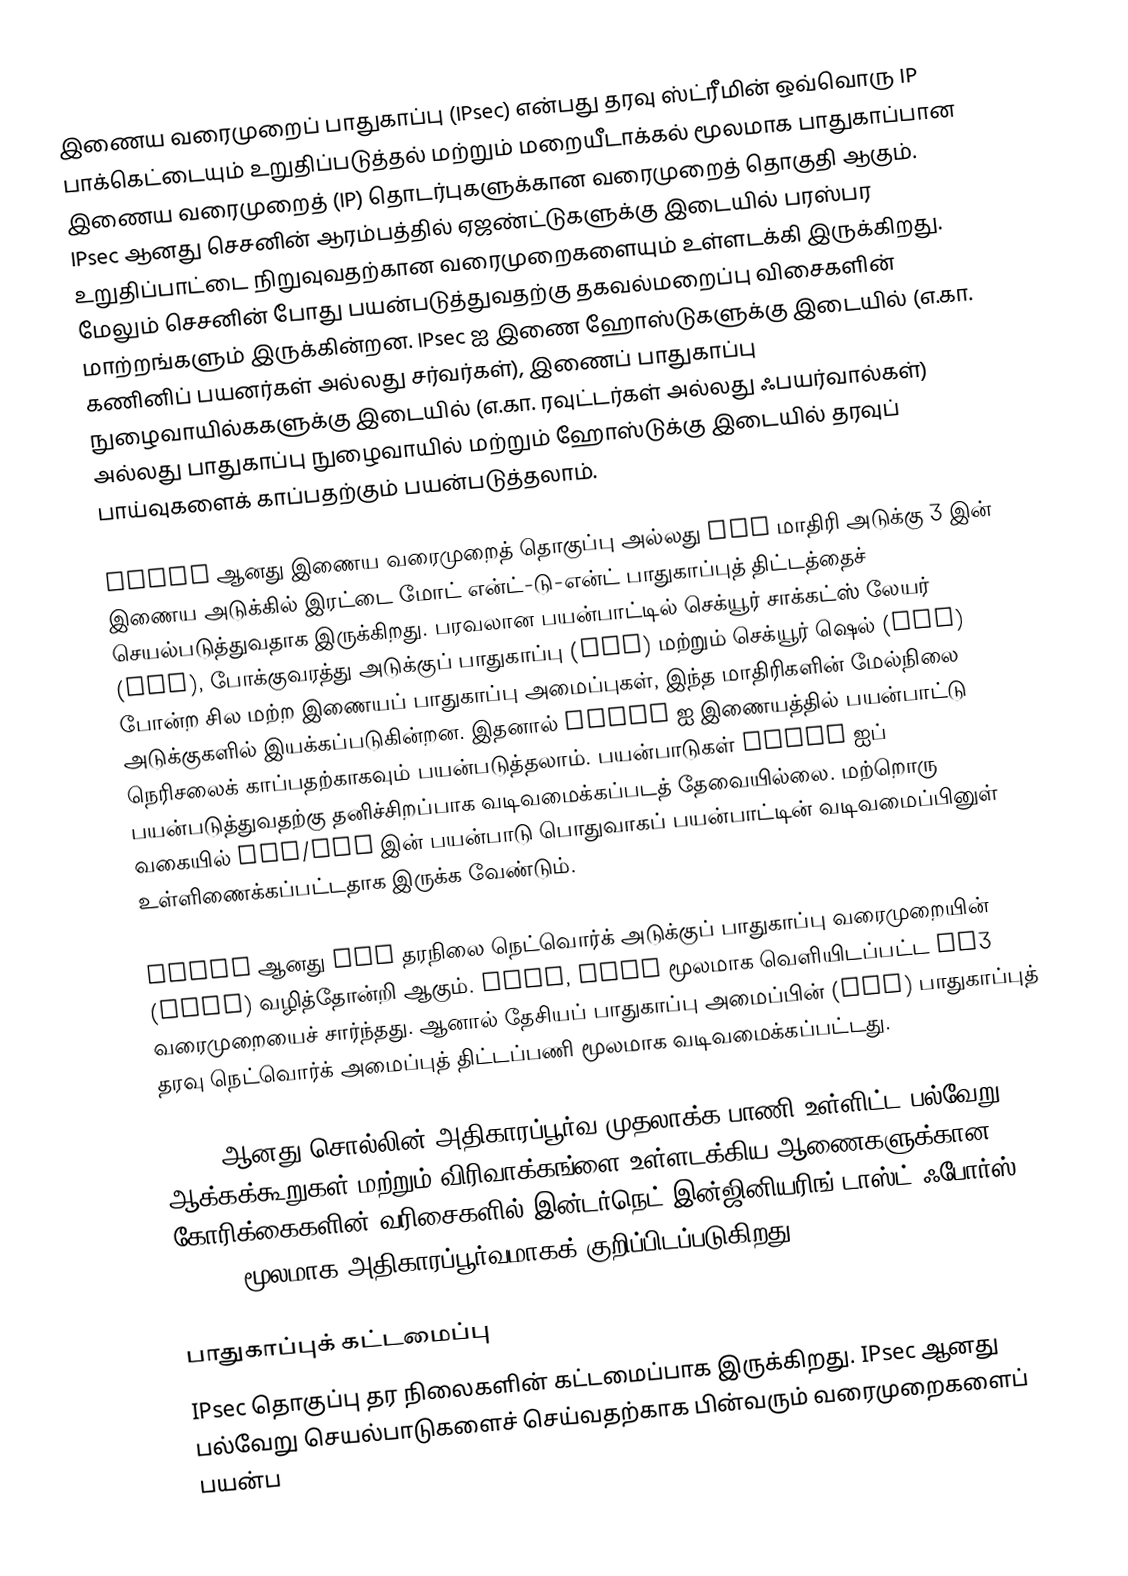
இணைய வரைமுறைப் பாதுகாப்பு (IPsec) என்பது தரவு ஸ்ட்ரீமின் ஒவ்வொரு IP பாக்கெட்டையும் உறுதிப்படுத்தல் மற்றும் மறையீடாக்கல் மூலமாக பாதுகாப்பான இணைய வரைமுறைத் (IP) தொடர்புகளுக்கான வரைமுறைத் தொகுதி ஆகும். IPsec ஆனது செசனின் ஆரம்பத்தில் ஏஜண்ட்டுகளுக்கு இடையில் பரஸ்பர உறுதிப்பாட்டை நிறுவுவதற்கான வரைமுறைகளையும் உள்ளடக்கி இருக்கிறது. மேலும் செசனின் போது பயன்படுத்துவதற்கு தகவல்மறைப்பு விசைகளின் மாற்றங்களும் இருக்கின்றன. IPsec ஐ இணை ஹோஸ்டுகளுக்கு இடையில் (எ.கா. கணினிப் பயனர்கள் அல்லது சர்வர்கள்), இணைப் பாதுகாப்பு நுழைவாயில்ககளுக்கு இடையில் (எ.கா. ரவுட்டர்கள் அல்லது ஃபயர்வால்கள்) அல்லது பாதுகாப்பு நுழைவாயில் மற்றும் ஹோஸ்டுக்கு இடையில் தரவுப் பாய்வுகளைக் காப்பதற்கும் பயன்படுத்தலாம்.

IPsec ஆனது இணைய வரைமுறைத் தொகுப்பு அல்லது OSI மாதிரி அடுக்கு 3 இன் இணைய அடுக்கில் இரட்டை மோட் என்ட்-டு-என்ட் பாதுகாப்புத் திட்டத்தைச் செயல்படுத்துவதாக இருக்கிறது. பரவலான பயன்பாட்டில் செக்யூர் சாக்கட்ஸ் லேயர் (SSL), போக்குவரத்து அடுக்குப் பாதுகாப்பு (TLS) மற்றும் செக்யூர் ஷெல் (SSH) போன்ற சில மற்ற இணையப் பாதுகாப்பு அமைப்புகள், இந்த மாதிரிகளின் மேல்நிலை அடுக்குகளில் இயக்கப்படுகின்றன. இதனால் IPsec ஐ இணையத்தில் பயன்பாட்டு நெரிசலைக் காப்பதற்காகவும் பயன்படுத்தலாம். பயன்பாடுகள் IPsec ஐப் பயன்படுத்துவதற்கு தனிச்சிறப்பாக வடிவமைக்கப்படத் தேவையில்லை. மற்றொரு வகையில் TLS/SSL இன் பயன்பாடு பொதுவாகப் பயன்பாட்டின் வடிவமைப்பினுள் உள்ளிணைக்கப்பட்டதாக இருக்க வேண்டும்.

IPsec ஆனது ISO தரநிலை நெட்வொர்க் அடுக்குப் பாதுகாப்பு வரைமுறையின் (NLSP) வழித்தோன்றி ஆகும். NLSP, NIST மூலமாக வெளியிடப்பட்ட SP3 வரைமுறையைச் சார்ந்தது. ஆனால் தேசியப் பாதுகாப்பு அமைப்பின் (NSA) பாதுகாப்புத் தரவு நெட்வொர்க் அமைப்புத் திட்டப்பணி மூலமாக வடிவமைக்கப்பட்டது.

IPsec ஆனது சொல்லின் அதிகாரப்பூர்வ முதலாக்க பாணி உள்ளிட்ட பல்வேறு ஆக்கக்கூறுகள் மற்றும் விரிவாக்கங்ளை உள்ளடக்கிய ஆணைகளுக்கான கோரிக்கைகளின் வரிசைகளில் இன்டர்நெட் இன்ஜினியரிங் டாஸ்ட் ஃபோர்ஸ் (IETF) மூலமாக அதிகாரப்பூர்வமாகக் குறிப்பிடப்படுகிறது.

பாதுகாப்புக் கட்டமைப்பு
IPsec தொகுப்பு தர நிலைகளின் கட்டமைப்பாக இருக்கிறது. IPsec ஆனது பல்வேறு செயல்பாடுகளைச் செய்வதற்காக பின்வரும் வரைமுறைகளைப் பயன்ப